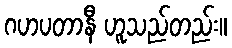
ဂဟပတာနီ ဟူသည်တည်း။